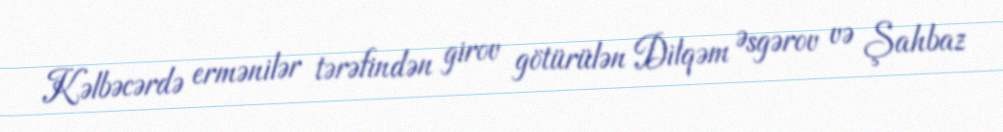
Kəlbəcərdə ermənilər tərəfindən girov götürülən Dilqəm Əsgərov və Şahbaz